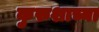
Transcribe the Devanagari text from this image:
कुरुशाच्या